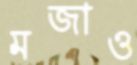
মজাও